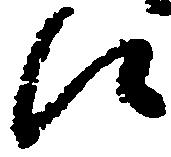
候